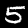
Digit: 5